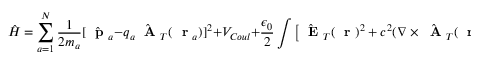
\hat { H } = \sum _ { a = 1 } ^ { N } \frac { 1 } { 2 m _ { a } } [ \hat { \mathrm { ~ \bf ~ p ~ } } _ { a } - q _ { a } \hat { \mathrm { ~ \bf ~ A ~ } } _ { T } ( \mathrm { ~ \bf ~ r ~ } _ { a } ) ] ^ { 2 } + V _ { C o u l } + \frac { \epsilon _ { 0 } } { 2 } \int \left[ \hat { \mathrm { ~ \bf ~ E ~ } } _ { T } ( \mathrm { ~ \bf ~ r ~ } ) ^ { 2 } + c ^ { 2 } ( \nabla \times \hat { \mathrm { ~ \bf ~ A ~ } } _ { T } ( \mathrm { ~ \bf ~ r ~ } ) ) ^ { 2 } \right] d ^ { 3 } r